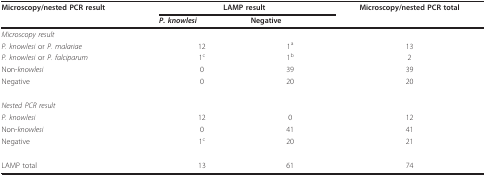
| Microscopy/nested PCR result | <COLSPAN=2> LAMP result | Microscopy/nested PCR total |
 |  | P. knowlesi | Negative |  |
 | --- | --- | --- | --- |
 | Microscopy result |  |  |  |
 | P. knowlesi or P. malariae | 12 | 1a | 13 |
 | P. knowlesi or P. falciparum | 1c | 1b | 2 |
 | Non-knowlesi | 0 | 39 | 39 |
 | Negative | 0 | 20 | 20 |
 | Nested PCR result |  |  |  |
 | P. knowlesi | 12 | 0 | 12 |
 | Non-knowlesi | 0 | 41 | 41 |
 | Negative | 1c | 20 | 21 |
 | LAMP total | 13 | 61 | 74 |